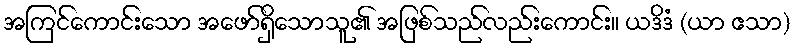
အကြင်ကောင်းသော အဖော်ရှိသောသူ၏ အဖြစ်သည်လည်းကောင်း။ ယဒိဒံ (ယာ ဧသာ)